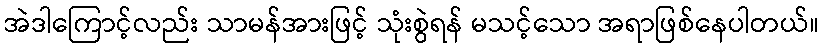
အဲဒါကြောင့်လည်း သာမန်အားဖြင့် သုံးစွဲရန် မသင့်သော အရာဖြစ်နေပါတယ်။